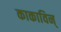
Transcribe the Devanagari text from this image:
काकाविन्